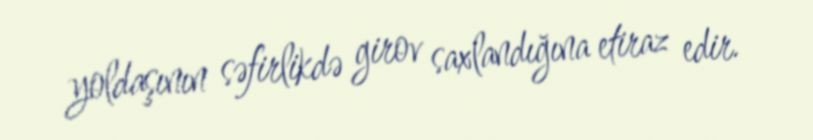
yoldaşının səfirlikdə girov saxlandığına etiraz edir.